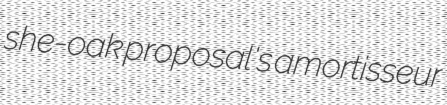
she-oak proposal's amortisseur